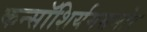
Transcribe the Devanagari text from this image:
कन्सॉशिर्यमसमोर